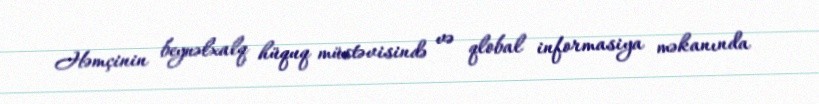
Həmçinin beynəlxalq hüquq müstəvisində və qlobal informasiya məkanında